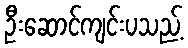
ဦးဆောင်ကျင်းပသည့်